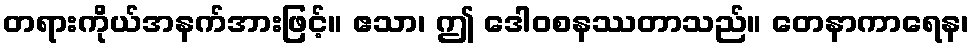
တရားကိုယ်အနက်အားဖြင့်။ ဧသာ၊ ဤ ဒေါဝစနဿတာသည်။ တေနာကာရေန၊